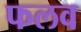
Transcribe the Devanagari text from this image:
फलव